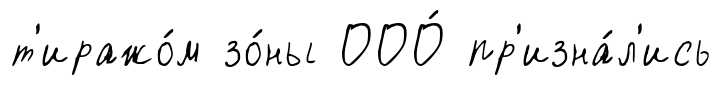
т'иражо́м зо́ны ООО́ пр'изна́л'ись